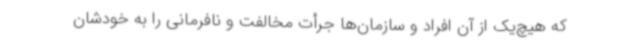
که هیچ‌یک از آن افراد و سازمان‌ها جرأت مخالفت و نافرمانی را به خودشان